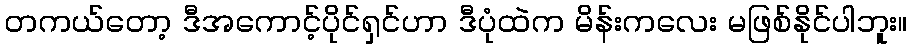
တကယ်တော့ ဒီအကောင့်ပိုင်ရှင်ဟာ ဒီပုံထဲက မိန်းကလေး မဖြစ်နိုင်ပါဘူး။